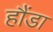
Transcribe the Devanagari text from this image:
हौंडा